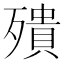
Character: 殨